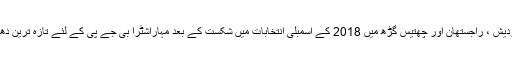
مدھیہ پردیش ، راجستھان اور چھتیس گڑھ میں 2018 کے اسمبلی انتخابات میں شکست کے بعد مہاراشٹرا بی جے پی کے لئے تازہ ترین دھچکا ہے۔